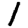
Digit: 1